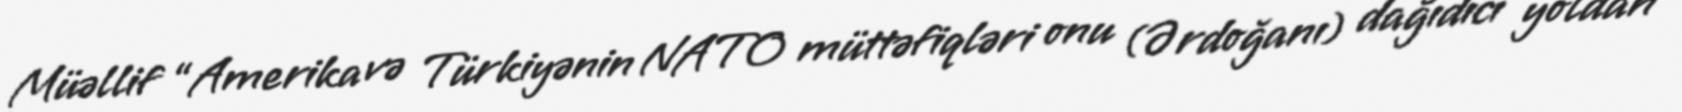
Müəllif “Amerika və Türkiyənin NATO müttəfiqləri onu (Ərdoğanı) dağıdıcı yoldan